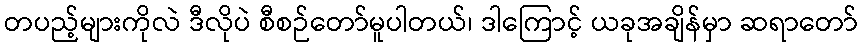
တပည့်များကိုလဲ ဒီလိုပဲ စီစဉ်တော်မူပါတယ်၊ ဒါကြောင့် ယခုအချိန်မှာ ဆရာတော်